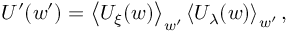
U ^ { \prime } ( w ^ { \prime } ) = \left\langle U _ { \xi } ( w ) \right\rangle _ { w ^ { \prime } } \left\langle U _ { \lambda } ( w ) \right\rangle _ { w ^ { \prime } } ,